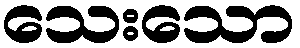
သေးသော